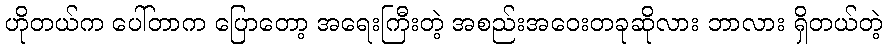
ဟိုတယ်က ပေါ်တာက ပြောတော့ အရေးကြီးတဲ့ အစည်းအဝေးတခုဆိုလား ဘာလား ရှိတယ်တဲ့